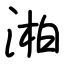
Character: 湐